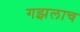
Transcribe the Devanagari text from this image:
गझलाच